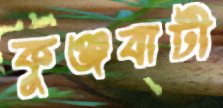
কুঞ্জবাটী